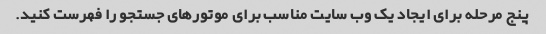
پنج مرحله برای ایجاد یک وب سایت مناسب برای موتورهای جستجو را فهرست کنید.